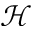
\mathcal { H }